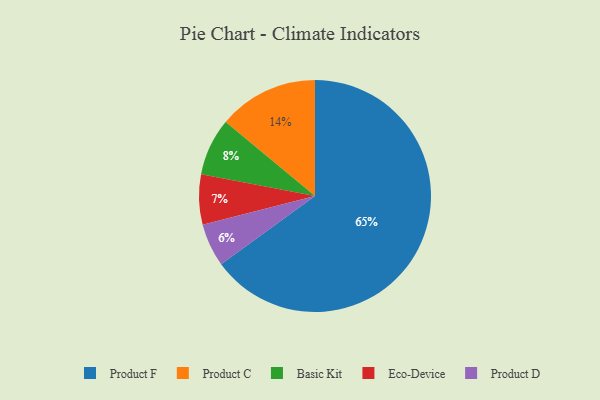
{"axis": {"x": "Category", "y": "Percentage"}, "legend": ["Basic Kit", "Eco-Device", "Product C", "Product D", "Product F"], "data": [{"x": "Product C", "y": 14, "type": "Product C"}, {"x": "Eco-Device", "y": 7, "type": "Eco-Device"}, {"x": "Product F", "y": 65, "type": "Product F"}, {"x": "Product D", "y": 6, "type": "Product D"}, {"x": "Basic Kit", "y": 8, "type": "Basic Kit"}]}